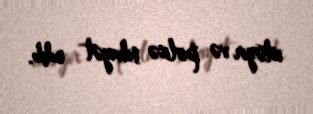
istəyir və polisə şikayət edib.